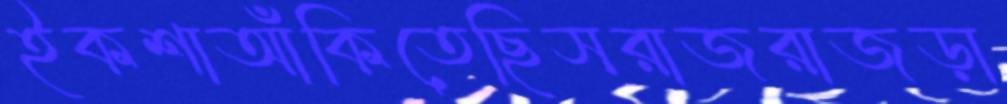
ইকশাআঁকিতেছিসরাজরাজড়া